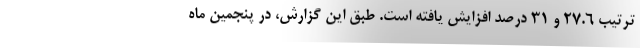
ترتیب ۲۷.۶ و ۳۱ درصد افزایش یافته است. طبق این گزارش، در پنجمین ماه